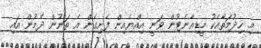
މި ހިދުމަތާއެކު މީޑިއާނެޓުން ވަނީ އިއްޔެއިން ފެށިގެން އެ ތަނުން ދެމުން އައި